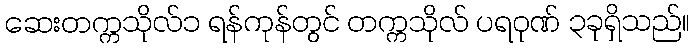
ဆေးတက္ကသိုလ်၁ ရန်ကုန်တွင် တက္ကသိုလ် ပရဝုဏ် ၃ခုရှိသည်။